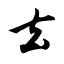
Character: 去